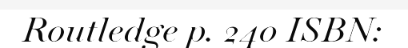
Routledge p. 240 ISBN: